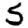
Digit: 5